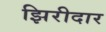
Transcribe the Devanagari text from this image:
झिरीदार